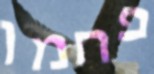
פחמן